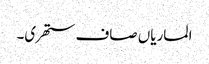
الماریاں صاف ستھری۔